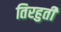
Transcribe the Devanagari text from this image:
तिरहुती